Report of the Indian Hemp Drugs Commission, 1894-1895 - Volume VII
Year: 1894
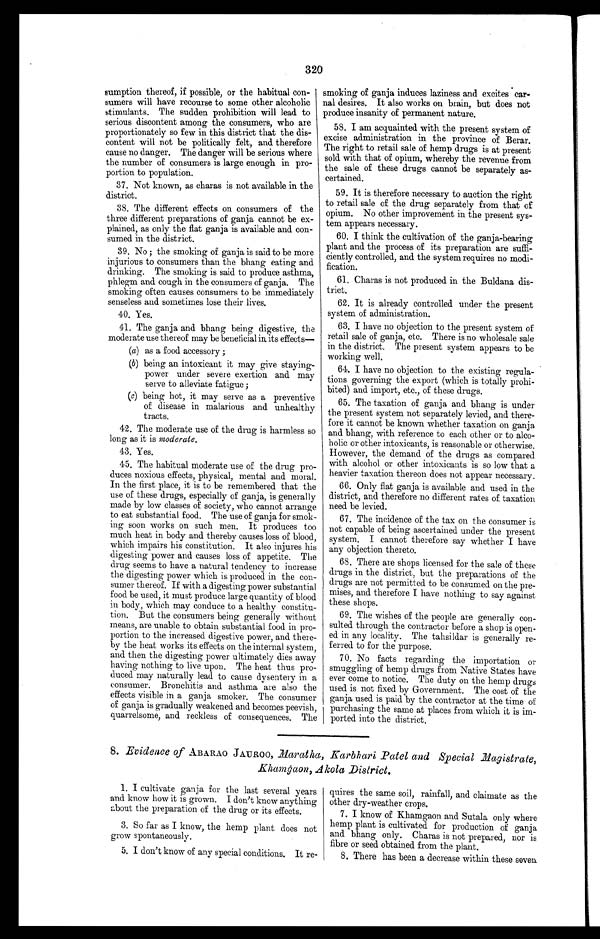
320
sumption thereof, if possible, or the habitual con-
sumers will have recourse to some other alcoholic
stimulants. The sudden prohibition will lead to
serious discontent among the consumers, who are
proportionately so few in this district that the dis-
content will not be politically felt, and therefore
cause no danger. The danger will be serious where
the number of consumers is large enough in pro-
portion to population.
37. Not known, as charas is not available in the
district.
38. The different effects on consumers of the
three different preparations of ganja cannot be ex-
plained, as only the flat ganja is available and con-
sumed in the district.
39. No ; the smoking of ganja is said to be more
injurious to consumers than the bhang eating and
drinking. The smoking is said to produce asthma,
phlegm and cough in the consumers of ganja. The
smoking often causes consumers to be immediately
senseless and sometimes lose their lives.
40. Yes.
41. The ganja and bhang being digestive, the
moderate use thereof may be beneficial in. its effects
—
(a) as a food accessory ;
(b) being an intoxicant it may give staying-
power under severe exertion and may
serve to alleviate fatigue ;
(c) being hot, it may serve as a preventive
of disease in malarious and unhealthy
tracts.
42. The moderate use of the drug is harmless so
long as it is moderate.
43. Yes.
45. The habitual moderate use of the drug pro-
duces noxious effects, physical, mental and moral.
In the first place, it is to be remembered that the
use of these drugs, especially of ganja, is generally
made by low classes of society, who cannot arrange
to eat substantial food. The use of ganja for smok-
ing soon works on such men. It produces too
much heat in body and thereby causes loss of blood,
which impairs his constitution. It also injures his
digesting power and causes loss of appetite. The
drug seems to have a natural tendency to increase
the digesting power which is produced in the con-
sumer thereof. If with a digesting power substantial
food be used, it must produce large quantity of blood
in body, which may conduce to a healthy constitu-
tion. But the consumers being generally without
means, are unable to obtain substantial food in pro-
portion to the increased digestive power, and there.
by the heat works its effects on the internal system
and then the digesting power ultimately dies away
having nothing to live upon. The heat thus pro.
duced may naturally lead to cause dysentery in
a c o n s u m e r . B r o n c h i t i s a n d a s t h m a a r e a l s o t h e
effects visible in a ganja smoker. The consumer
of ganja is gradually weakened and becomes peevish,
quarrelsome, and reckless of consequences. The
smoking of ganja induces laziness and excites car-
ral It also works on brain, but does not
produce insanity of permanent nature.
58. I am acquainted with the present system of
excise administration in the province of Berar.
The right to retail sale of hemp drugs is at present
sold with that of opium, whereby the revenue from
the sale of these drugs cannot be separately as-
certained.
59. It is therefore necessary to auction the right
to retail sale of the drug separately from that of
opium. No other improvement in the present sys-
tem appears necessary.
60. I think the cultivation of the ganja-bearing
plant and the process of its preparation are suffi-
ciently controlled, and the system requires no modi-
fication.
61. Charas is not produced in the Buldana dis-
trict.
62. It is already controlled under the present
system of administration.
63. I have no objection to the present system of
retail sale of ganja, etc. There is no wholesale sale
in the district. The present system appears to be
working well.
64. I have no objection to the existing regula-
tions governing the export (which is totally prohi-
bited) and import, etc., of these drugs.
65. The taxation of ganja and bhang is under
the present system not separately levied, and there-
fore it cannot be known whether taxation on ganja
and bhang, with reference to each other or to alco-
holic or other intoxicants, is reasonable or otherwise.
However, the demand of the drugs as compared
with alcohol or other intoxicants is so low that a.
heavier taxation thereon does not appear necessary.
66. Only fiat ganja is available and used in the
district, and therefore no different rates of taxation
need be levied.
67. The incidence of the tax on the consumer is
not capable of being ascertained under the present
system. I cannot therefore say whether I have
any objection thereto.
68. There are shops licensed for the sale of these
drugs in the district, but the preparations of the
drugs are not permitted to be consumed on the pre-
mises, and therefore I have nothing to say against
these shops.
69. The wishes of the people are generally con-
sulted through the contractor before a shop is open-
ed in any locality. The tahsildar is generally re-
ferred to for the purpose.
70. No facts regarding the importation or
smuggling of hemp drugs from Native States have
ever come to notice. The duty on the hemp drugs
used is not fixed by Government. The cost of the
ganja used is paid by the contractor at the time of
purchasing the same at places from which it is im-
ported into the district.
8. Evidence of A BARAO JAUROO, Maratha, Karbhari Patel and Special Magistrate,
Khamgaon, A kola District.
1. I cultivate ganja for the last several years
and know how it is grown. I don't know anything
about the preparation of the drug or its effects.
3. So far as I know, the hemp plant does not
grow spontaneously.
5. I don't know of any special conditions. It re-
quires the same soil, rainfall, and claimate as the
other dry-weather crops.
7. I know of Khamgaon and Sutala only where
hemp plant is cultivated for production of ganja
and bhang only. Charas is not prepared, nor is
fibre or seed obtained from the plant.
8. There has been a decrease within these seven